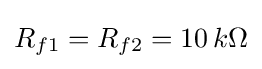
R_{f1}=R_{f2}=10\,k\Omega